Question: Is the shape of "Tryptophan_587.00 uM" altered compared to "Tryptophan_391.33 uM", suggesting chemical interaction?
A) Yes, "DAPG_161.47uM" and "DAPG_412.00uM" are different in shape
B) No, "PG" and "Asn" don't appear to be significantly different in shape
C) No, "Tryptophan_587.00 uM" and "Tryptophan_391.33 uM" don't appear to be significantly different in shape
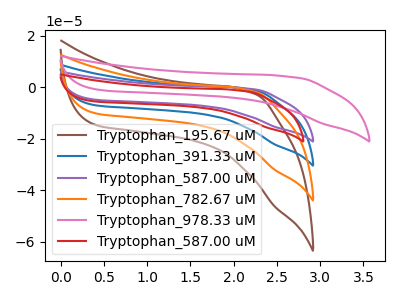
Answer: <think>The brown curve "Tryptophan_195.67 uM" has no peaks. The blue curve "Tryptophan_391.33 uM" has no peaks. The purple curve "Tryptophan_587.00 uM" has no peaks. The orange curve "Tryptophan_782.67 uM" has no peaks. The pink curve "Tryptophan_978.33 uM" has no peaks. The red curve "Tryptophan_587.00 uM" has no peaks.
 Neither "Tryptophan_587.00 uM" or "Tryptophan_391.33 uM" have any peaks.</think>
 <answer>C) No, "Tryptophan_587.00 uM" and "Tryptophan_391.33 uM" don't appear to be significantly different in shape</answer>
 <eval>C</eval>